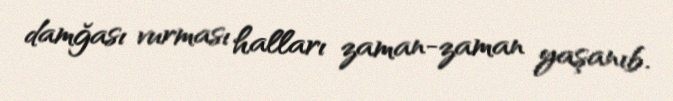
damğası vurması halları zaman-zaman yaşanıb.